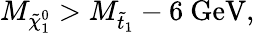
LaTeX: M_{\tilde{\chi}_{1}^{0}}>M_{\tilde{t}_{1}}-6\mathrm{~GeV},